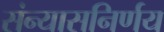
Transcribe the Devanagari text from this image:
संन्यासनिर्णय